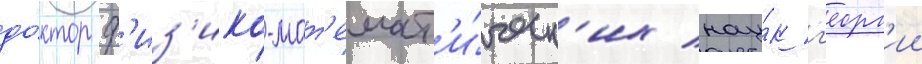
до́ктор ф'из'ико-мат'емат'и́ческ'их нау́к г'еорг'ии